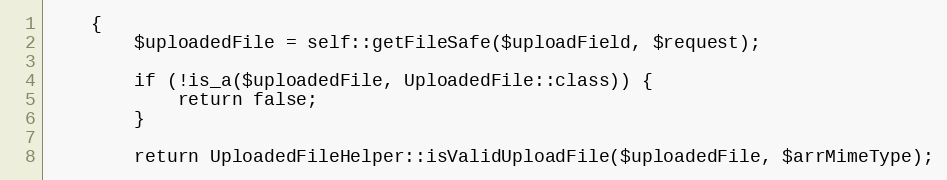
Language: PHP
    {
        $uploadedFile = self::getFileSafe($uploadField, $request);

        if (!is_a($uploadedFile, UploadedFile::class)) {
            return false;
        }

        return UploadedFileHelper::isValidUploadFile($uploadedFile, $arrMimeType);